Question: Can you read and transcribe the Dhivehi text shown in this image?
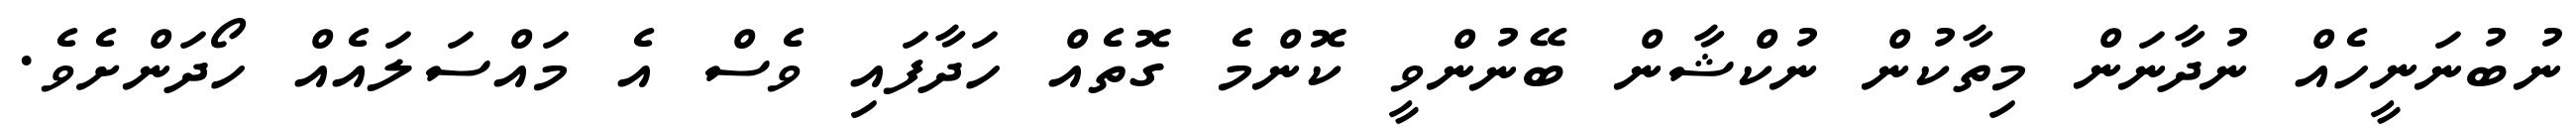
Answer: ނުބުނަނީހެއް ނުދާނަން މިތާކުން ނުކްޝާން ބޭނުންވީ ކޮންމެ ގޮތެއް ހަދާފައި ވެސް އެ މައްސަލައެއް ހޯދަންށެވެ.